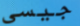
جيسى